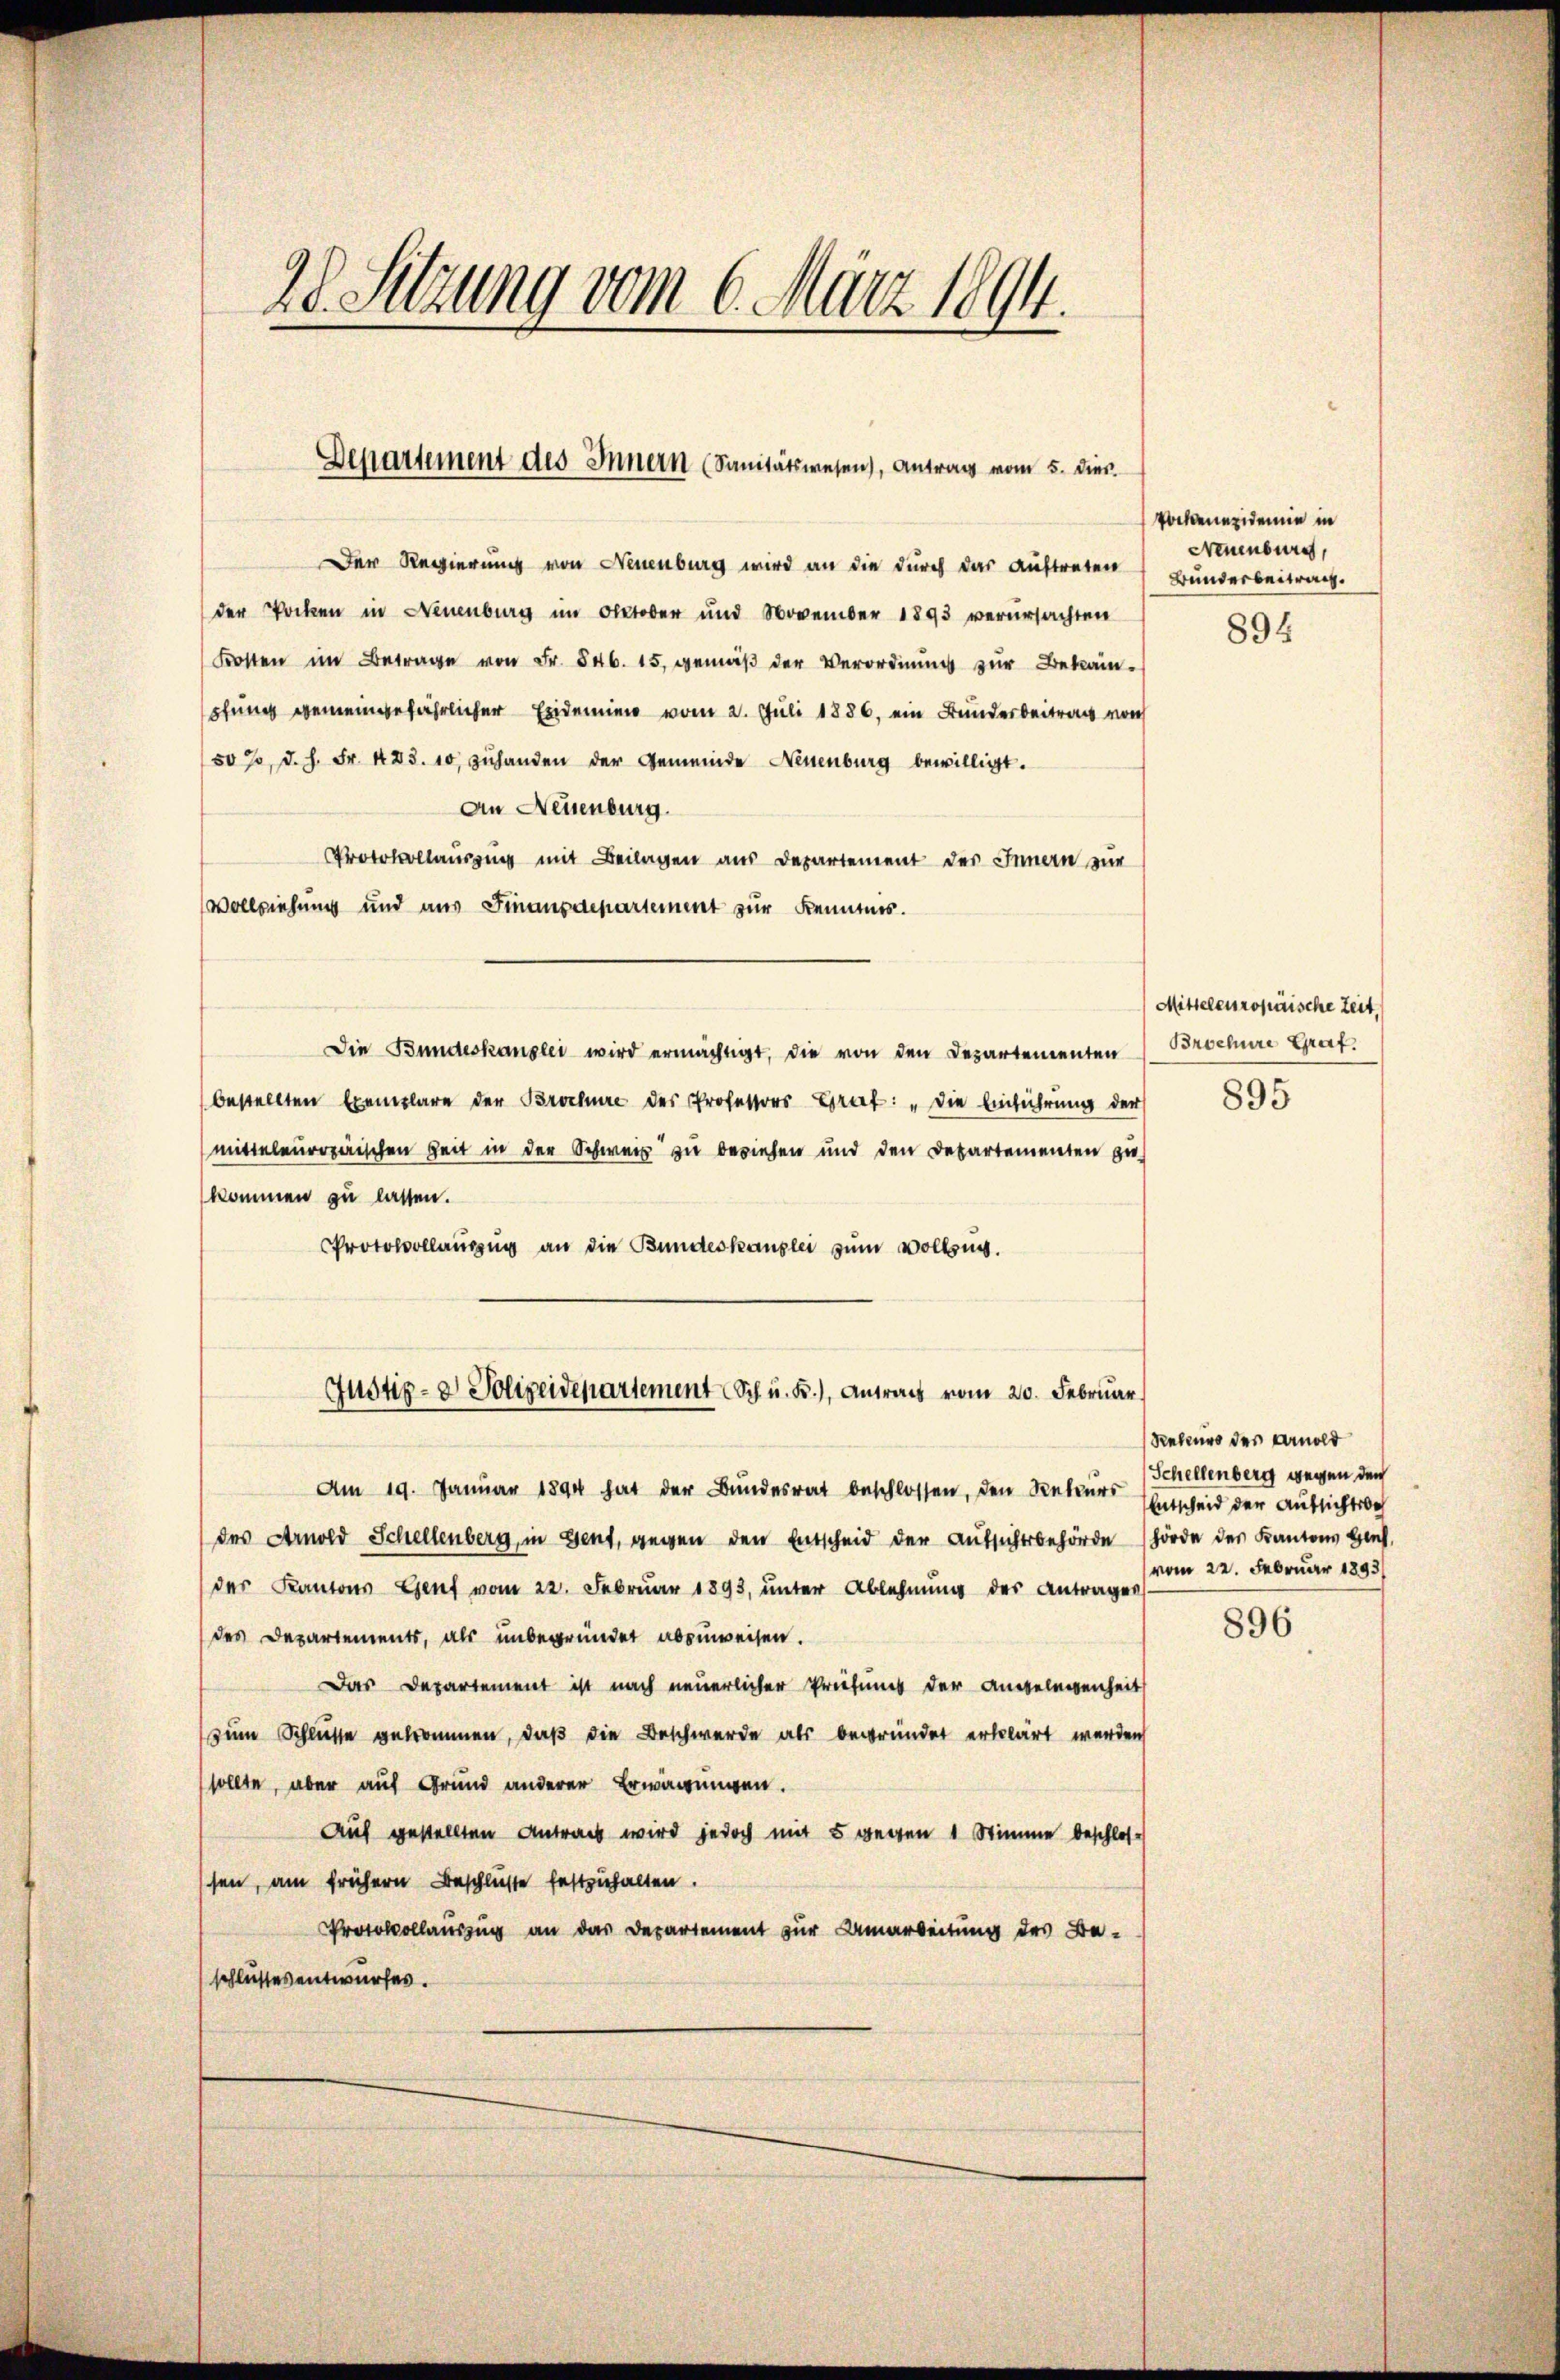
28. Sitzung vom 6. März 1894.

Departement des Innern (Sanitätswesen), Antrag vom 5. dies.

Der Regierung von Neuenburg wird an die durch das Auftreten
der Pocken in Neuenburg im Oktober und November 1893 verursachten
Kosten im Betrage von Fr. 546. 15. gemäß der Verordnung zur Bekämpfung gemeingefährlicher Exdemien vom 2. Juli 1886, ein Bunderbeitrag von
s0%, d. h. Fr. 423. 10 zuhanden der Gemeinde Neuenburg bewilligt.
An Neuenburg.
Protokollausung mit Beilagen aus Departement des Innern zur
Vollziehung und aus Finanzdepartement zur Kenntnis.
Die Bundeskanzlei wird ermächtigt, die von den Departementen Brochere Graf.
bestellten Exemplare der Brochüre des Professors Grat: „Die Einführung der
mitteleuropäischen Zeit in der Schweiz zu beziehen und den Departementen zukommen zu lassen.
Protokollauszug an die Bundeskanzlei zum Vollzug.
Justiz- & Polizeidepartement Sch u. B.), Antrag vom 20. Februar
Am 19. Januar 1894 hat der Bundesrat beschlossen, den Rekurs Entweid der Aufsichtsbeh
des Arnold Schellenberg, in Gent, gegen den Entscheid der Aŭfsichtsbehörde (hörde des Kantons Genf,
der Kantons Genf vom 22. Februar 1893, unter Ablehnung des Antragen
des Departements, als unbegründet abzuweisen.
Das Departement ist nach neuerlicher Priesens der Angelegenheit
zum Schlüsse gekommen, daß die Beschwerde als begründet erklärt werden
sollte, aber auf Grund anderer Erwägungen.
Auf gestellten Antrag wird jedoch mit 5 wegen 1 Stimme beschlosssen, am frühern Beschlüsse festzuhalten.
Protokollauszug an das Departement zur Umarbeitung des Be-
schlusses entwurfes.

Pockenendemie in
Neuenburg,
Bunderbeitrag.

894

Mittelcssropäische Zeit.

895

Rekurs des Arnold
Schellenberg wegen den
vom 22. Februar 1893/

896